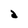
Character: d